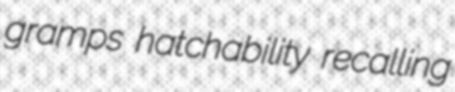
gramps hatchability recalling